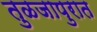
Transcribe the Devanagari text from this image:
तुळजापुरात